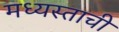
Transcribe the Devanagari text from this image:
मध्यस्ताची